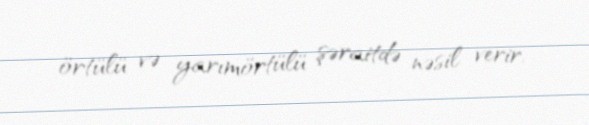
örtülü və yarımörtülü şəraitdə nəsil verir.